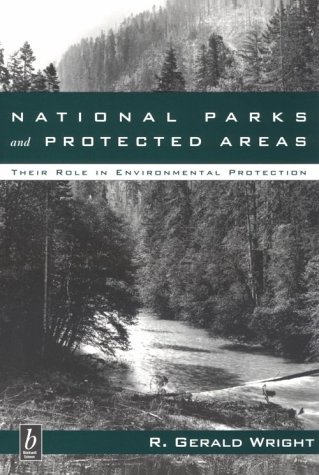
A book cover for National Parks and Protected Areas: Their Role in Environmental Protection; R. G. Wright; Travel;